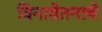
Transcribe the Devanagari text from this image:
विनावेतनाचे